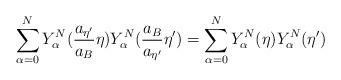
LaTeX: \begin{align*}\sum_{\alpha=0}^{N}Y_{\alpha}^N(\frac{a_{{\eta}'}}{a_B}{\eta})Y_{\alpha}^N(\frac{a_B}{a_{{\eta}'}}{\eta}') = \sum_{\alpha=0}^{N}Y_{\alpha}^N({\eta})Y_{\alpha}^N({\eta}')\end{align*}